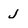
Character: j